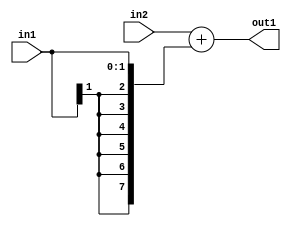
`timescale 1ps / 1ps
/*****************************************************************************
    Verilog RTL Description
    
    
    Created by: Stratus DpOpt 2019.1.01 
*******************************************************************************/

module avg_pool_Add_8Sx2S_8S_1 (
	in2,
	in1,
	out1
	); /* architecture "behavioural" */ 
input [7:0] in2;
input [1:0] in1;
output [7:0] out1;
wire [7:0] asc001;

assign asc001 = 
	+(in2)
	+({{6{in1[1]}}, in1});

assign out1 = asc001;
endmodule

/* CADENCE  ubH5Tg8= : u9/ySgnWtBlWxVPRXgAZ4Og= ** DO NOT EDIT THIS LINE ******/